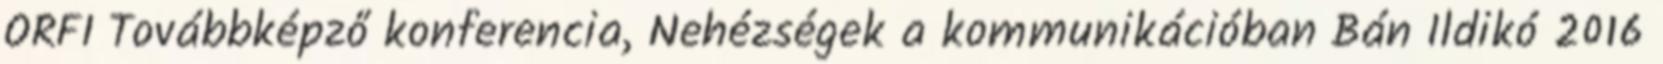
ORFI Továbbképző konferencia, Nehézségek a kommunikációban Bán Ildikó 2016